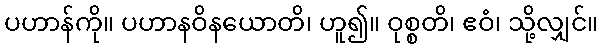
ပဟာန်ကို။ ပဟာနဝိနယောတိ၊ ဟူ၍။ ဝုစ္စတိ၊ ဧဝံ၊ သို့လျှင်။